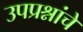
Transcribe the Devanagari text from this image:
उपप्रश्नांचे